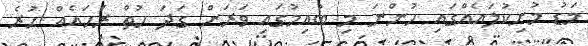
މަޑު މުށިކުލައެއްގައި ހުންނަ މި ބުއިމުގައި ވަރަށް ގަދަ ހުތް ރަހައެއް ހުރެ